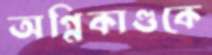
অগ্নিকাণ্ডকে